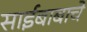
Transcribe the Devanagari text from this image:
साईबाबाचे